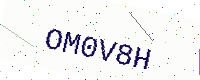
Text: OM0V8H